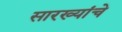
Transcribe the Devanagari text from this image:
सारख्यांचे